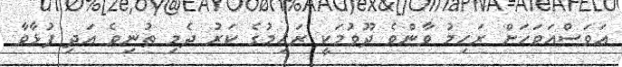
އަވަސްއަވަހަށް ރަހިމު ވާންވެ ދޫވުމަކީ ރަހިމުގެ ކަރު ދެމި ތުނިވެ އަދި ފުޅާވާ